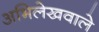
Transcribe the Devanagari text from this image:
अभिलेखवाले